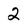
Character: 2